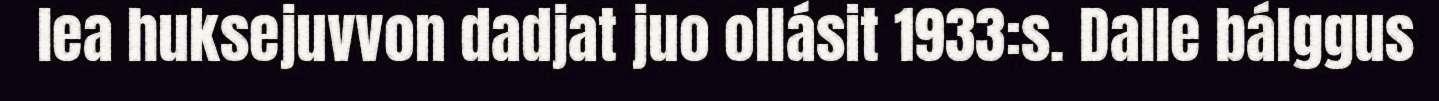
lea huksejuvvon dadjat juo ollásit 1933:s. Dalle bálggus